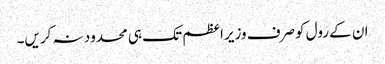
ان کے رول کوصرف وزیراعظم تک ہی محدود نہ کریں۔